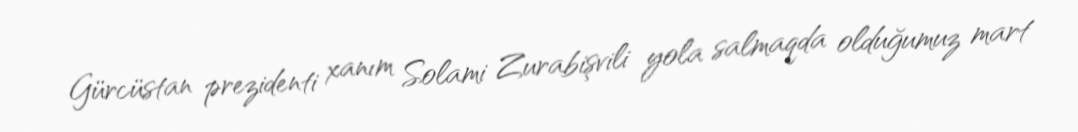
Gürcüstan prezidenti xanım Solami Zurabişvili yola salmaqda olduğumuz mart